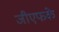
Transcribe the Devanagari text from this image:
जीएफके